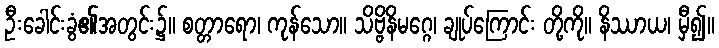
ဦးခေါင်းခွံ၏အတွင်း၌။ စတ္တာရော၊ ကုန်သော။ သိဗ္ဗိနိမဂ္ဂေ၊ ချုပ်ကြောင်း တို့ကို။ နိဿာယ၊ မှီ၍။